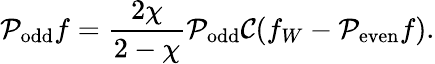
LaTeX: \mathcal{P}_{\mathrm{odd}}f=\frac{2\chi}{2-\chi}\mathcal{P}_{\mathrm{odd}}\mathcal{C}(f_{W}-\mathcal{P}_{\mathrm{even}}f).